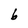
Character: 6